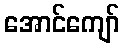
အောင်ကျော်